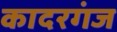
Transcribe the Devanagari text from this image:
कादरगंज